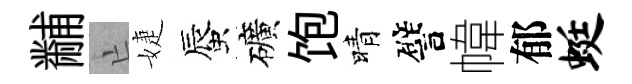
黼亡婕蜃礦饱晴譬幃郁蜓